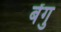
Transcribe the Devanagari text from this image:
बेंगु